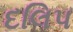
દલિપ